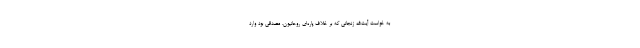
به خواست آیت‌الله زنجانی که بر خلاف پاره‌ای روحانیون، مصدقی بود وارد